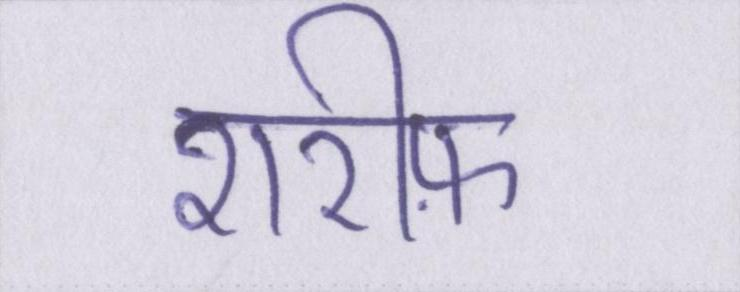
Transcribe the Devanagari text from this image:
शरीफ़